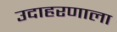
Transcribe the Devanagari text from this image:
उदाहरणाला